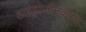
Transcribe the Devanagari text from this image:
हाइड्रोजीनकरण